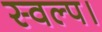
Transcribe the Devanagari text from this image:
स्वल्प।